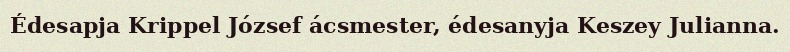
Édesapja Krippel József ácsmester, édesanyja Keszey Julianna.